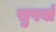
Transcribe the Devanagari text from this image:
सुपर्वा